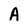
Character: A